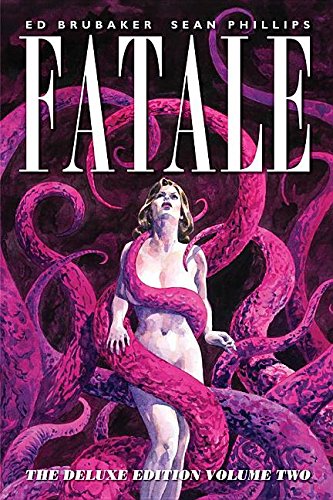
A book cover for Fatale Deluxe Edition Volume 2 (Fatale DLX Ed Hc); Ed Brubaker; Comics & Graphic Novels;